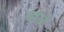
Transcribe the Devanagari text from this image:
डार्ल